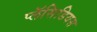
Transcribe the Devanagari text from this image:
प्लॅसिडियस